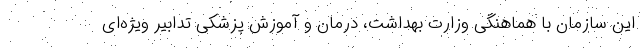
این سازمان با هماهنگی وزارت بهداشت، درمان و آموزش پزشکی تدابیر ویژه‌ای